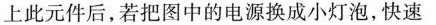
上此元件后，若把图中的电源换成小灯泡，快速